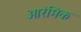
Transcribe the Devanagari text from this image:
आरंमिक